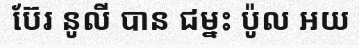
ប៊ែរ នូលី បាន ជម្នះ ប៉ូល អយ